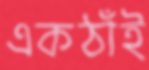
একঠাঁই